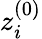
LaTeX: z_{i}^{(0)}